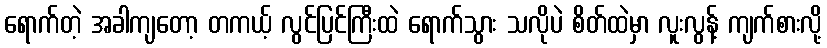
ရောက်တဲ့ အခါကျတော့ တကယ့် လွင်ပြင်ကြီးထဲ ရောက်သွား သလိုပဲ စိတ်ထဲမှာ လူးလွန့် ကျက်စားလို့